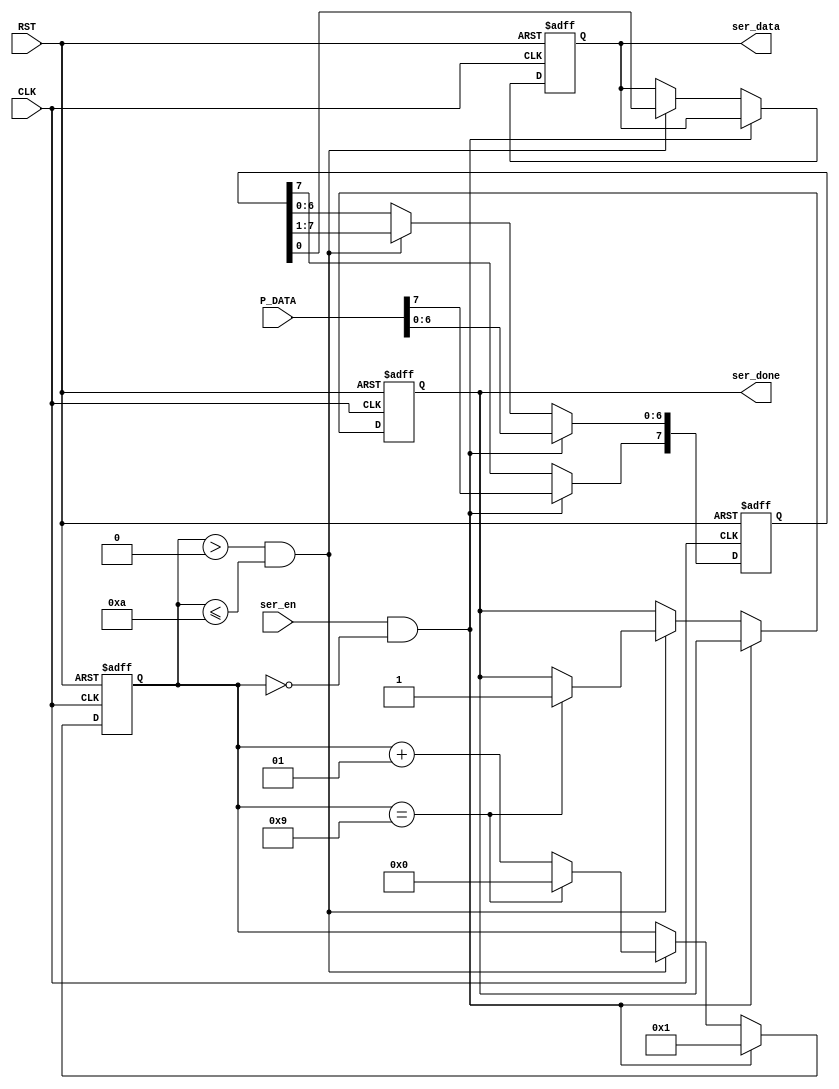
module serializer #(parameter width = 8)
(
  input       [width-1:0] P_DATA,
  input                   ser_en,
  input                   CLK,RST,
  output  reg             ser_done,
  output  reg             ser_data 
  );
  
  reg [width-1:0] shift_reg;
  parameter reset_value = 8'b0;
  
  integer i ;
  
  always @(posedge CLK or negedge RST)
  begin
    if(!RST) 
    begin
      shift_reg <= reset_value;
      i<=0;
      ser_done <=1'b0;
      ser_data <=1'b0;
    end
      
    else if (ser_en && i==0 )
      begin
        shift_reg <= P_DATA;
        i <= 1;
      end
      
    else if (i > 0 && i <= 10 )
      begin
        {shift_reg[width-2:0],ser_data} <= shift_reg ;
       
    /*  ser_data <= shift_reg[0];
		    shift_reg[0] <= shift_reg[1];
		    shift_reg[1] <= shift_reg[2];
		    shift_reg[2] <= shift_reg[3];
		    shift_reg[3] <= shift_reg[4];
		    shift_reg[4] <= shift_reg[5];
		    shift_reg[5] <= shift_reg[6];
		    shift_reg[6] <= shift_reg[7]; */
		    
        i <= i+1;
        if(i==9) 
        begin
          i <= 0;
          ser_done <= 1'b1;
        end
      end
      
    end
/*
		OUT <= LFSR[0]
		LFSR[0] <= LFSR[1]
		LFSR[1] <= LFSR[2]
		LFSR[2] <= LFSR[3]
		LFSR[3] <= LFSR[4]
		LFSR[4] <= LFSR[5]
		LFSR[5] <= LFSR[6]
		LFSR[6] <= LFSR[7]
		*/
  
endmodule